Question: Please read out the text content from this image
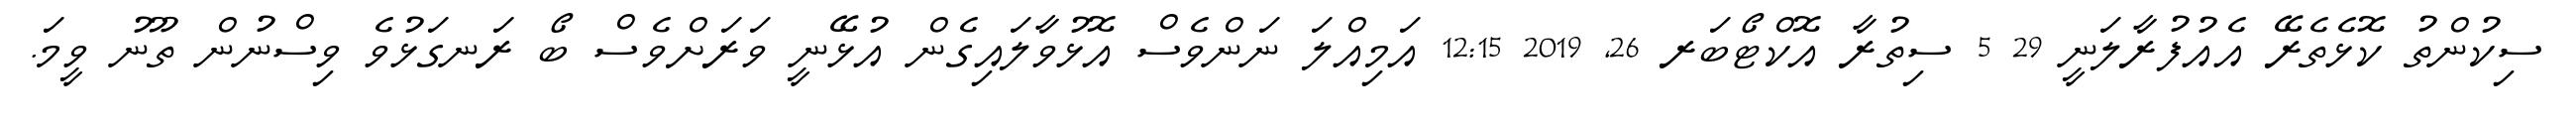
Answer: ސިކުންތު ކޮޅެތެރޭ އެއުފުރާލަނީ 29 5 ސިތުރާ އޮކްޓޯބަރ 26, 2019 12:15 އަމިއްލަ ނަންވެސް އޮޅުވާލައިގެން އުޅޭނީ ވަރަށްވެސް ބޯ ރަނގަޅުވެ ވިސްނުން ތޫނު ވީމަ.